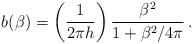
LaTeX: \begin{align*}b(\beta)=\left(\frac{1}{2\pi h}\right)\frac{\beta^{2}}{1+\beta^{2}/4\pi}\,.\end{align*}